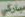
مباركي